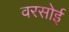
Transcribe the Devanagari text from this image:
वरसोई